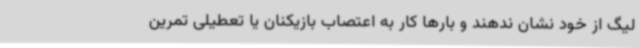
لیگ از خود نشان ندهند و بارها کار به اعتصاب بازیکنان یا تعطیلی تمرین